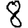
Digit: 8